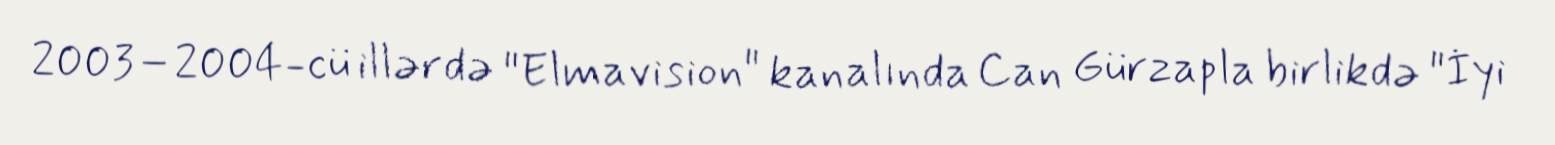
2003–2004-cü illərdə "Elmavision" kanalında Can Gürzapla birlikdə "İyi